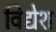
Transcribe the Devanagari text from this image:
विद्येश